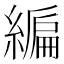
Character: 𦄟